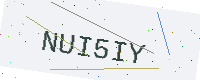
Text: NUI5IY